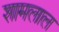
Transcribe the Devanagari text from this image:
शामलाल